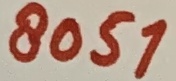
Text: 8051